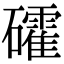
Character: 礭